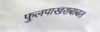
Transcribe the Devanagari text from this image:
फुलपाखराबाबत